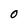
Character: 0